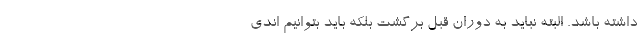
داشته باشد. البته نباید به دوران قبل برگشت بلکه باید بتوانیم اندی